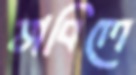
ভাবিলে